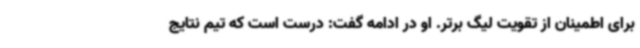
برای اطمینان از تقویت لیگ برتر. او در ادامه گفت: درست است که تیم نتایج